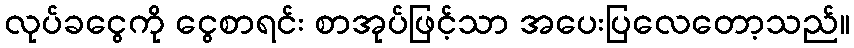
လုပ်ခငွေကို ငွေစာရင်း စာအုပ်ဖြင့်သာ အပေးပြလေတော့သည်။